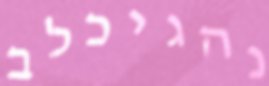
נהגיכלב